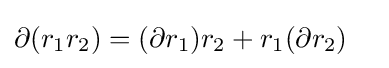
\partial (r_{1}r_{2})=(\partial r_{1})r_{2}+r_{1}(\partial r_{2})\quad